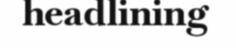
headlining